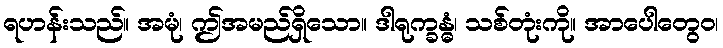
ရဟန်းသည်။ အမုံ၊ ဤအမည်ရှိသော။ ဒါရုက္ခန္ဓံ၊ သစ်တုံးကို။ အာပေါတွေဝ၊